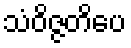
သံဝိဇ္ဇတိပေ